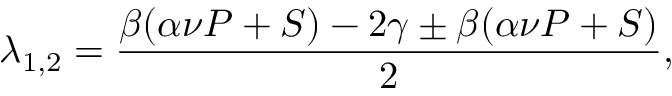
\lambda _ { 1 , 2 } = \frac { \beta ( \alpha \nu P + S ) - 2 \gamma \pm \beta ( \alpha \nu P + S ) } { 2 } ,